Annual report on the working of the mental hospitals in the Madras Presidency - 1912-1932
Year: 1912
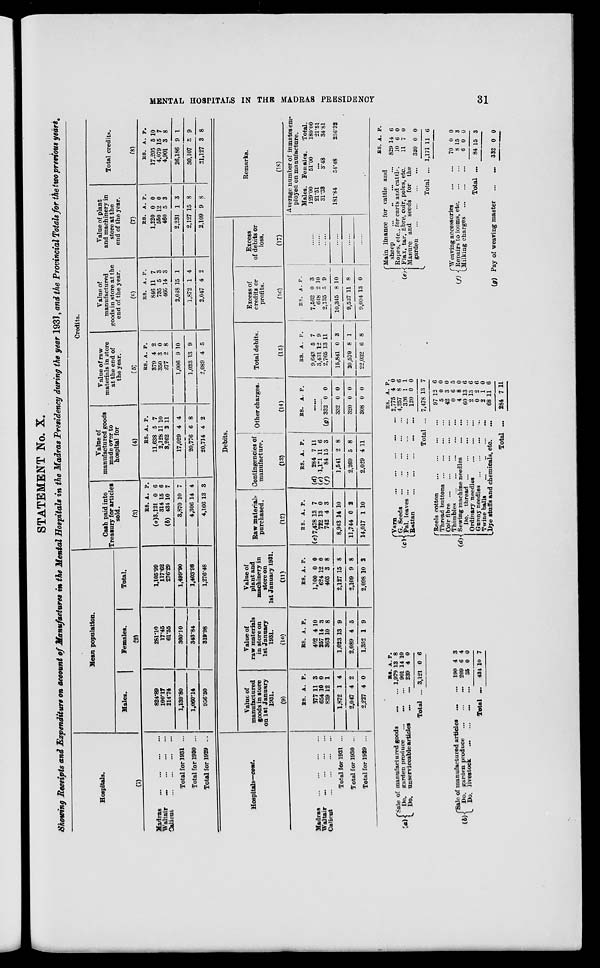
MENTAL HOSPITALS IN THE MADRAS
PRESIDENCY
31
STATEMENT No. X.
Showing Receipts and Expenditure on account of Manufactures in the Mental Hospitals in the Madras Presidency during the year 1931, and the Provincial Totals for the two previous years.
Hospitals.
(1)
Madras
...
...
...
...
Waltair
...
...
...
...
Calicut
...
...
...
...
Total for 1931 ...
Total for 1930 ...
Total for 1929 ...
Mean population.
Males.
Females.
Total.
(2)
824.89
100.17
214.74
1,139.80
1,060.14
956.50
281.10
17.45
61.55
360.10
343.84
319.98
1,105.99
117.62
276.29
1,499.90
1,403.98
1,276.48
Credits.
Cash paid into
Treasury for articles
sold.
(3)
RS.
(a)3,321
314
(b) 434
3,870
4,306
4,166
A.
0
15
10
10
14
13
P.
6
6
7
7
4
3
Value of
manufactured goods
made over to
hospital for
(4)
RS.
11,638
2,128
3,262
17,029
20,776
20,714
A.
5
11
2
4
6
4
P.
7
10
11
4
8
2
Value of raw
materials in store
at the end of
the year.
(5)
RS.
379
350
277
1,006
1,023
2,089
A.
4
3
2
9
13
4
P.
2
0
8
10
9
5
Value of
manufactured
goods in store at the
end of the year.
(6)
RS.
846
735
466
2,048
1,872
2,047
A.
11
5
14
15
1
4
P.
7
3
3
1
4
2
Value of plant
and machinery in
store at the
end of the year.
(7)
RS.
1,220
550
460
2,231
2,127
2,109
A.
0
12
5
1
15
9
P.
0
0
3
3
8
8
Total credits.
(8)
RS.
17,205
4,079
4,901
26,186
30,107
31,127
A.
5
15
3
9
3
3
P.
10
7
8
1
9
8
Hospitals—cont.
Madras
...
...
...
...
Waltair ... ... ... ...
Calicut
...
...
...
...
Total for 1931 ...
Total for 1930 ...
Total for 1929 ...
Debits.
Value of
manufactured
goods in store
on 1st January
1931.
(9)
RS.
377
654
839
1,872
2,047
2,227
A.
11
10
12
1
4
4
P.
3
0
1
4
2
0
Value of
raw materials
in store on
1st January
1931.
(10)
RS.
402
257
363
1,023
2,089
1,352
A.
4
14
10
13
4
1
P.
10
3
8
9
5
9
Value of
plant and
machinery in
store on
1st January 1931.
(11)
RS.
1,100
624
403
2,127
2,109
2,098
A.
0
12
3
15
9
10
P.
0
0
8
8
8
2
Raw materials
purchased.
(12)
RS.
(c) 7,478
722
742
8,943
11,744
14,017
A.
13
13
4
14
0
1
P.
7
0
3
10
2
10
Contingencies of
manufacture.
(13)
RS.
(d)
284
(e) 1,171
(f)
84
1,541
2,269
2,029
A.
7
11
15
2
5
4
P.
11
6
3
8
8
11
Other charges.
(14)
RS.
A. P.
......
......
(g) 332
332
320
308
0
0
0
0
0
0
0
0
Total debits.
(15)
RS.
9,643
3,431
2,765
15,841
20,579
22,032
A.
5
12
13
0
8
6
P.
7
9
11
3
1
8
Excess of
credits or
profits.
(16)
RS.
7,562
648
2,135
10,345
9,527
9,094
A.
0
2
5
8
11
13
P.
3
10
9
10
8
0
Excess
of debits or
loss.
(17)
......
......
......
......
......
......
Remarks.
(18)
Average number of inmates em-
ployed on manufacture.
Males.
129.00
21.51
31.33
181.84
Females.
51.00
...
3.48
54.48
Total.
180.00
21.51
34.81
236.32
(a) Sale of manufactured goods ...
Do. garden produce
...
...
Do. unserviceable articles ...
Total ...
RS.
1,979
901
239
3,121
A.
13
14
4
0
P.
8
10
0
6
(b) Sale of manufactured articles ...
Do. garden produce
...
...
...
Do. livestock
...
...
...
...
Total ...
190
209
35
434
4
6
0
10
3
4
0
7
(c)
(d)
Yarn
...
...
...
...
...
G. Seeds ... ... ... ... ... ...
Pal. leaves
...
...
...
...
...
Rattan
...
...
...
...
...
Total ...
Reels cotton
...
...
...
...
Thread buttons
...
...
...
...
Coir
fibre
...
...
...
...
...
Thimbles
...
...
...
...
...
Sewing machine needles
...
...
Do. thread
...
...
...
...
Ordinary needles ... ... ...
Gunny needles
...
...
...
Twine balls
...
...
...
...
Dye stuffs and chemicals, etc.
...
Total ...
RS.
2,775
4,257
326
120
7,478
97
5
42
0
4
60
2
0
2
68
284
A.
4
8
1
0
13
13
0
3
6
8
13
13
2
1
11
7
P.
0
6
1
0
7
6
0
0
5
0
6
6
6
0
6
11
(e) Main linance for cattle and
sheep
...
...
...
...
Ropes, etc., for carts and cattle.
Flax, tar, fibre, coir, poles, etc.
Manure and seeds for the
garden
...
...
...
...
Total ...
RS.
829
10
11
320
1,171
A.
14
6
7
0
11
P.
6
0
0
0
6
Weaving accessories
...
...
(f)
Repairs to looms, etc.
...
...
Milking charges
...
...
...
Total ...
(g) Pay of weaving master
...
...
70
8
6
84
332
0
15
0
15
0
0
3
0
3
0